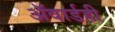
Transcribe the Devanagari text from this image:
ॲवार्डही